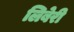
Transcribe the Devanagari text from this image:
लिबेरी